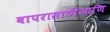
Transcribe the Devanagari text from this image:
वापरासाठीआणि